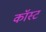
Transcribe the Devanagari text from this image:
कॉस्‍ट